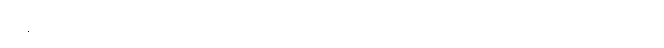
ဖြန့်ကြဲ၍။ အပရာယ၊ တစ်ပါးသော။ သုဝဏ္ဏပါတိယာ၊ ရွှေခွက်ဖြင့်။ ပိဒဟိတွာ၊